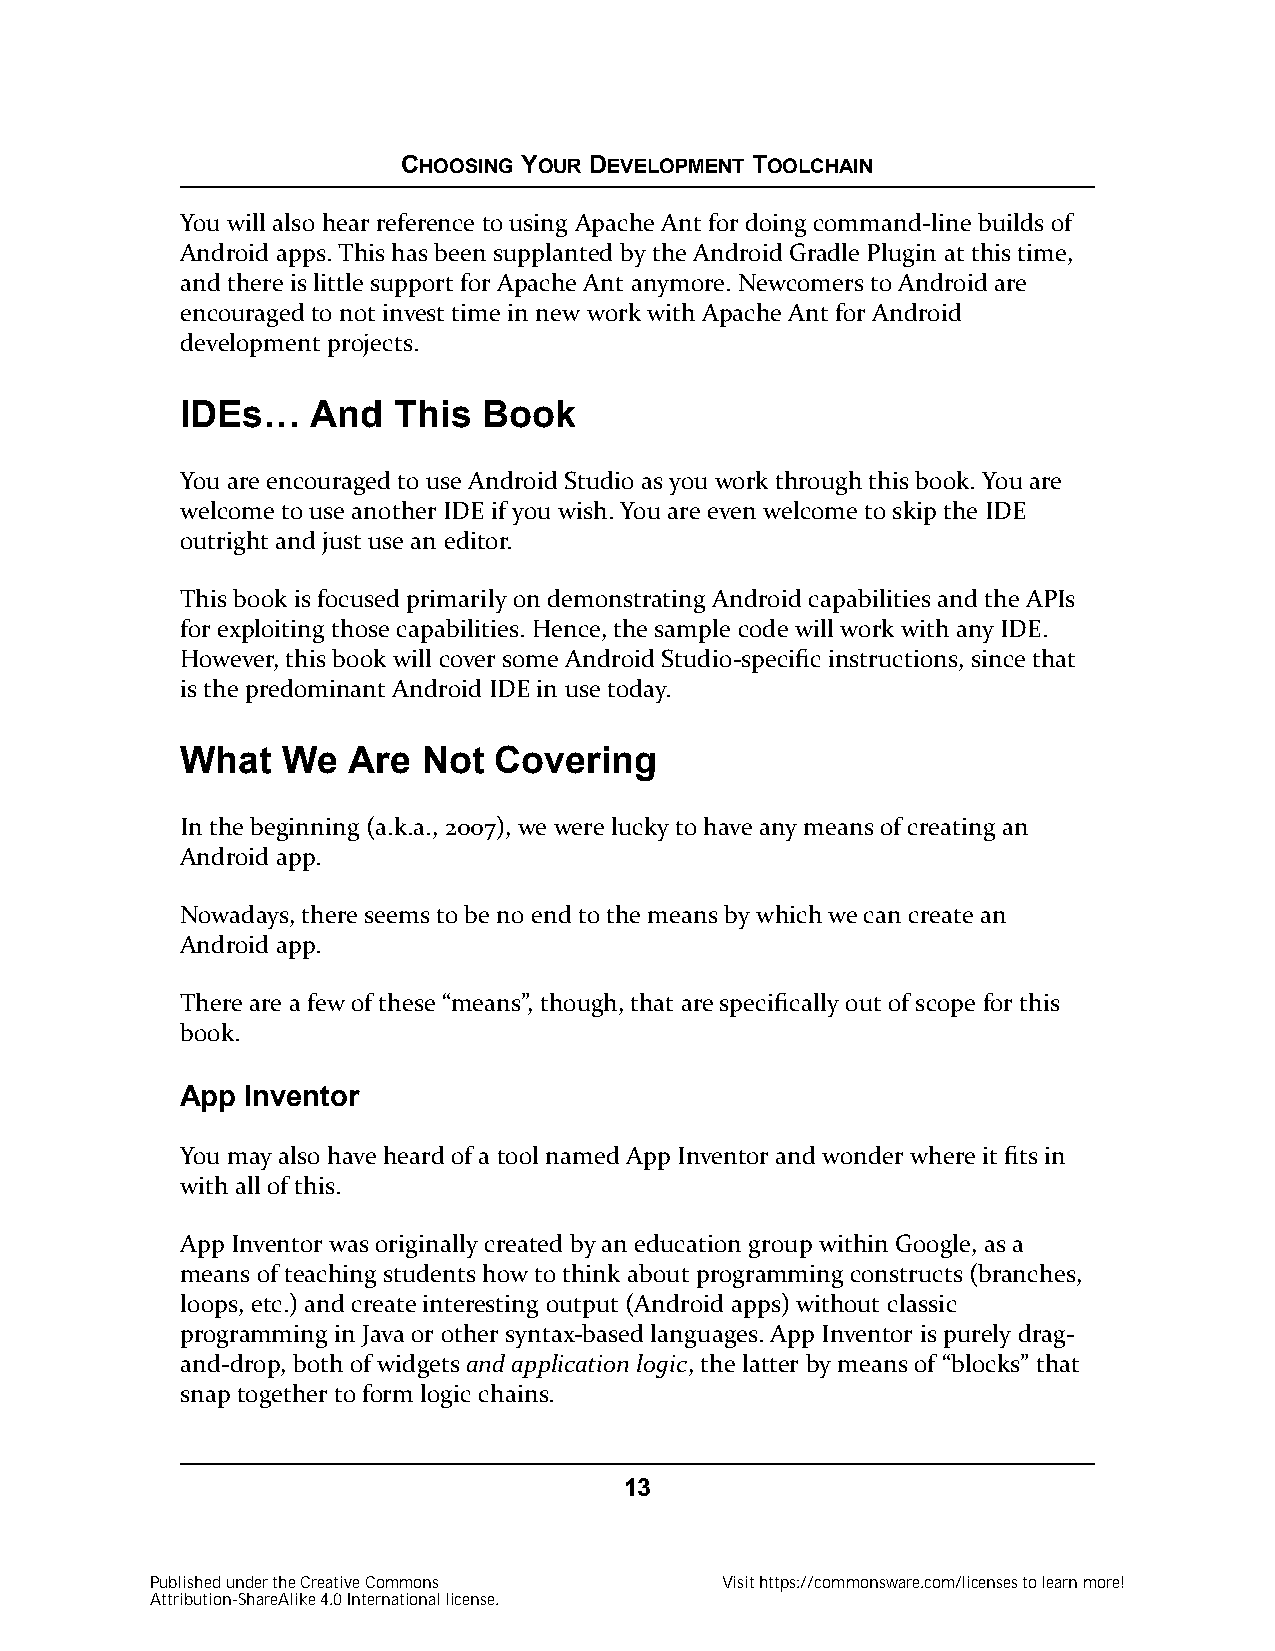
CHOOSING YOUR DEVELOPMENT TOOLCHAIN
 You will also hear reference to using Apache Ant for doing command-line builds of
 Android apps. This has been supplanted by the Android Gradle Plugin at this time,
 and there is little support for Apache Ant anymore. Newcomers to Android are
 encouraged to not invest time in new work with Apache Ant for Android
 development projects.
 IDEs…    And  This  Book
 You are encouraged to use Android Studio as you work through this book. You are
 welcome to use another IDE if you wish. You are even welcome to skip the IDE
 outright and just use an editor.
 This book is focused primarily on demonstrating Android capabilities and the APIs
 for exploiting those capabilities. Hence, the sample code will work with any IDE.
 However, this book will cover some Android Studio-specific instructions, since that
 is the predominant Android IDE in use today.
 What   We  Are  Not  Covering
 In the beginning (a.k.a., 2007), we were lucky to have any means of creating an
 Android app.
 Nowadays, there seems to be no end to the means by which we can create an
 Android app.
 There are a few of these “means”, though, that are specifically out of scope for this
 book.
 App Inventor
 You may also have heard of a tool named App Inventor and wonder where it fits in
 with all of this.
 App Inventor was originally created by an education group within Google, as a
 means of teaching students how to think about programming constructs (branches,
 loops, etc.) and create interesting output (Android apps) without classic
 programming in Java or other syntax-based languages. App Inventor is purely drag-
 and-drop, both of widgets and application logic, the latter by means of “blocks” that
 snap together to form logic chains.
 13
 Published under the Creative Commons  Visit https://commonsware.com/licenses to learn more!
 Attribution-ShareAlike 4.0 International license.